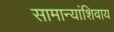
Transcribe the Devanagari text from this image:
सामान्यांशिवाय